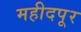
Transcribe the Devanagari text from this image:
महीदपूर